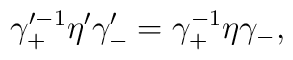
\gamma_+^{\prime -1} \eta' \gamma'_- = \gamma_+^{-1} \eta \gamma_-,